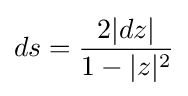
ds={\frac {2|dz|}{1-|z|^{2}}}